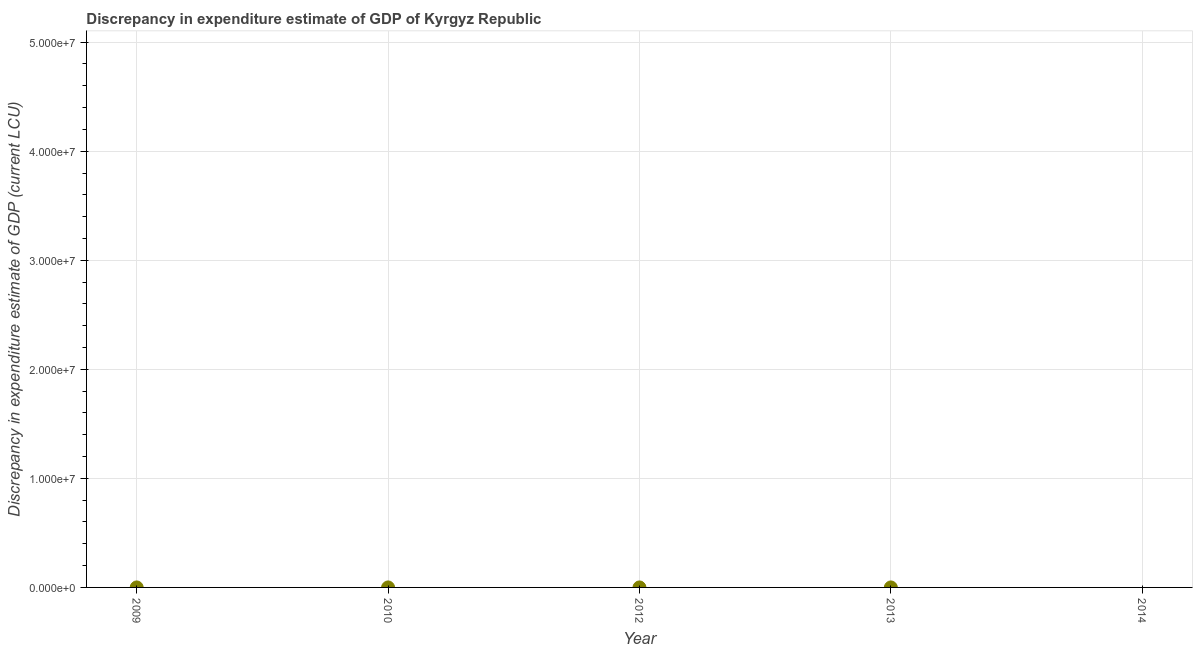
| Year | Discrepancy current LCU |
 | --- | --- |
 | 2009 | -6e-05 |
 | 2010 | 2.8e-05 |
 | 2012 | -2e-05 |
 | 2013 | 8e-06 |
 | 2014 | -1.02e+09 |